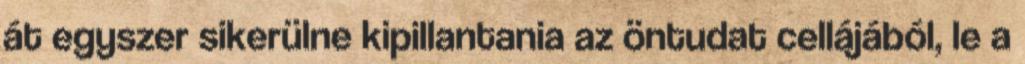
át egyszer sikerülne kipillantania az öntudat cellájából, le a